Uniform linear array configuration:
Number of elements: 4
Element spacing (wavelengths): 0.25
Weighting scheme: hann
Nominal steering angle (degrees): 60
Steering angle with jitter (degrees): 58.836
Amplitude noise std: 0.05
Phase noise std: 0.05

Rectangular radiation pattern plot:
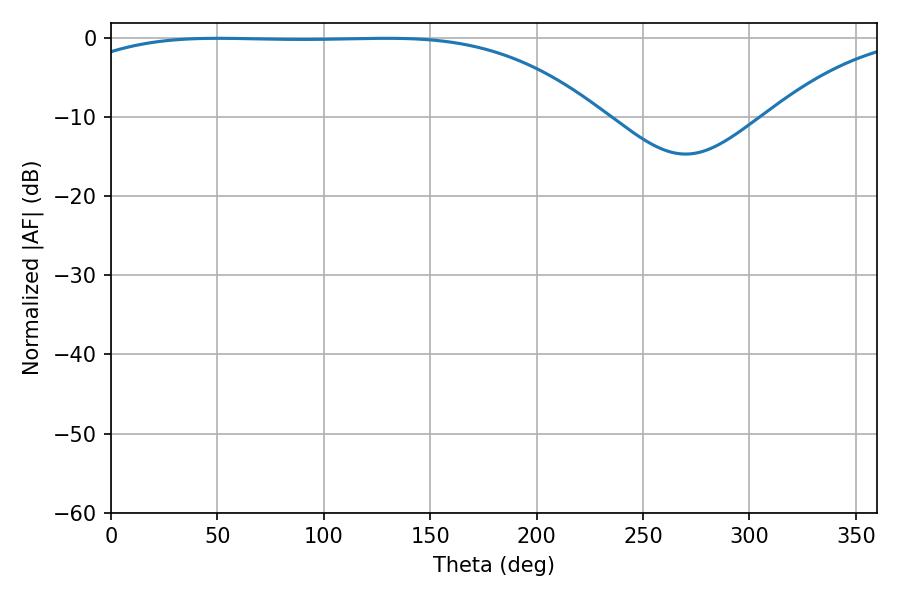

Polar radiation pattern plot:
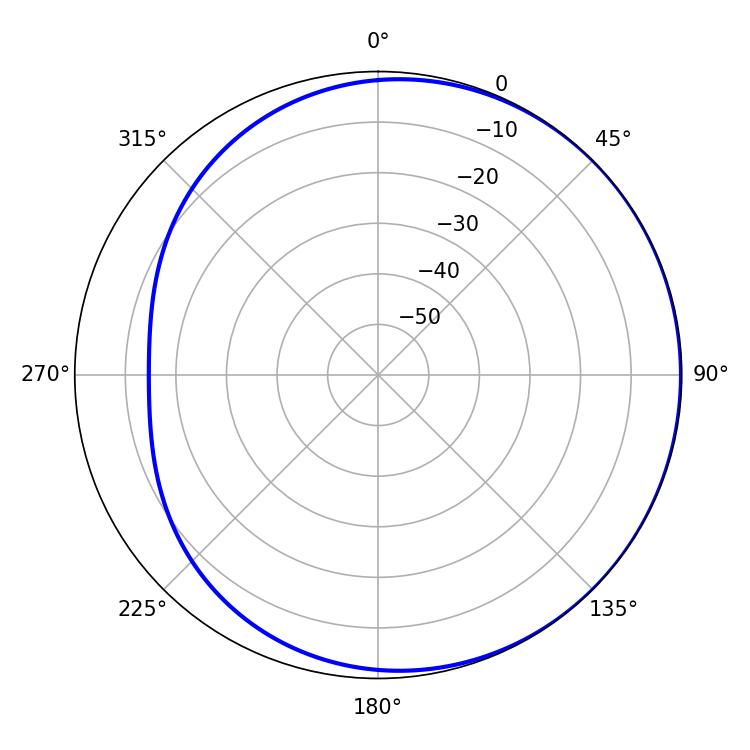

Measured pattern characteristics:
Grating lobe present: FALSE
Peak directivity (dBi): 0.8029
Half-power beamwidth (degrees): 193.32
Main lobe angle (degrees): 50.4